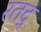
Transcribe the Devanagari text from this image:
रतद्